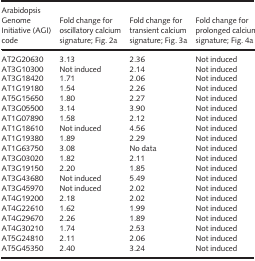
<table><thead><tr><td><b>Arabidopsis Genome Initiative (AGI) code</b></td><td><b>Fold change for oscillatory calcium signature; Fig. 2a</b></td><td><b>Fold change for transient calcium signature; Fig. 3a</b></td><td><b>Fold change for prolonged calcium signature; Fig. 4a</b></td></tr></thead><tbody><tr><td>AT2G20630</td><td>3.13</td><td>2.36</td><td>Not induced</td></tr><tr><td>AT3G10300</td><td>Not induced</td><td>2.14</td><td>Not induced</td></tr><tr><td>AT3G18420</td><td>1.71</td><td>2.06</td><td>Not induced</td></tr><tr><td>AT1G19180</td><td>1.54</td><td>2.26</td><td>Not induced</td></tr><tr><td>AT5G15650</td><td>1.80</td><td>2.27</td><td>Not induced</td></tr><tr><td>AT3G05500</td><td>3.14</td><td>3.90</td><td>Not induced</td></tr><tr><td>AT1G07890</td><td>1.58</td><td>2.12</td><td>Not induced</td></tr><tr><td>AT1G18610</td><td>Not induced</td><td>4.56</td><td>Not induced</td></tr><tr><td>AT1G19380</td><td>1.89</td><td>2.29</td><td>Not induced</td></tr><tr><td>AT1G63750</td><td>3.08</td><td>No data </td><td>Not induced</td></tr><tr><td>AT3G03020</td><td>1.82</td><td>2.11</td><td>Not induced</td></tr><tr><td>AT3G19150</td><td>2.20</td><td>1.85</td><td>Not induced</td></tr><tr><td>AT3G43680</td><td>Not induced</td><td>5.49</td><td>Not induced</td></tr><tr><td>AT3G45970</td><td>Not induced</td><td>2.02</td><td>Not induced</td></tr><tr><td>AT4G19200</td><td>2.18</td><td>2.02</td><td>Not induced</td></tr><tr><td>AT4G22610</td><td>1.62</td><td>1.99</td><td>Not induced</td></tr><tr><td>AT4G29670</td><td>2.26</td><td>1.89</td><td>Not induced</td></tr><tr><td>AT4G30210</td><td>1.74</td><td>2.53</td><td>Not induced</td></tr><tr><td>AT5G24810</td><td>2.11</td><td>2.06</td><td>Not induced</td></tr><tr><td>AT5G45350</td><td>2.40</td><td>3.24</td><td>Not induced</td></tr></tbody></table>